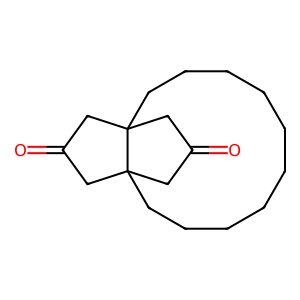
SMILES: O=C1CC23CCCCCCCCCCC2(C1)CC(=O)C3
Inhibits HIV replication: No